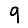
Digit: 9